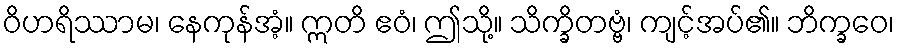
ဝိဟရိဿာမ၊ နေကုန်အံ့။ ဣတိ ဧဝံ၊ ဤသို့။ သိက္ခိတဗ္ဗံ၊ ကျင့်အပ်၏။ ဘိက္ခဝေ၊